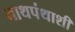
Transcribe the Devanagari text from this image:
नाथपंथाशी